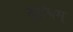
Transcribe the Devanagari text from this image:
दर्शनम्‌